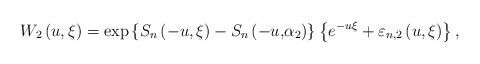
\begin{align*}W_{2}\left( {u,\xi }\right) =\exp \left\{ {S_{n}\left( -{u,\xi }\right)-S_{n}\left( -{u,}\alpha _{2}\right) }\right\} \left\{ {e^{-u\xi}+\varepsilon _{n,2}\left( {u,\xi }\right) }\right\} , \end{align*}